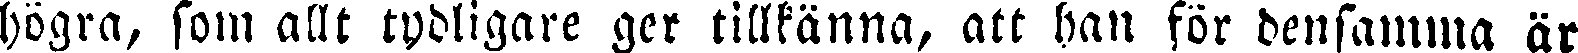
högra, som allt tydligare ger tillkänna, att han för densamma är